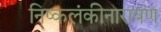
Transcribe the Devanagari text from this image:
निष्कलंकीनारायण